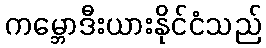
ကမ္ဘောဒီးယားနိုင်ငံသည်